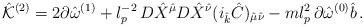
LaTeX: \begin{align*}{\hat {\cal K}}^{(2)}=2\partial {\hat \omega}^{(1)}+l_p^{-2} \, D{\hat X}^{\hat \mu}D{\hat X}^{\hat \nu}(i_{\hat k}{\hat C})_{{\hat \mu}{\hat \nu}}-m l_p^2 \, \partial{\hat \omega}^{(0)}{\hat b} \, .\end{align*}